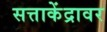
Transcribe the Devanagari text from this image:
सत्ताकेंद्रावर